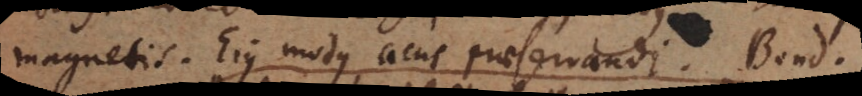
magnetis. Ejus modus, acus praeservandi. Bond.